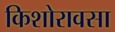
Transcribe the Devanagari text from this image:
किशोरावसा